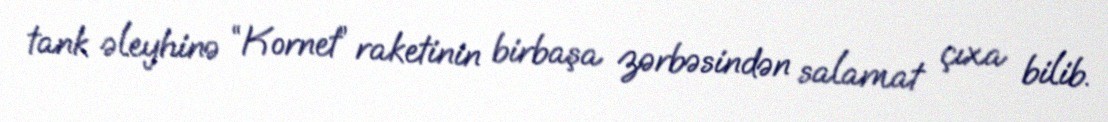
tank əleyhinə “Kornet” raketinin birbaşa zərbəsindən salamat çıxa bilib.